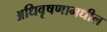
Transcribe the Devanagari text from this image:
अधिवृषणामधील